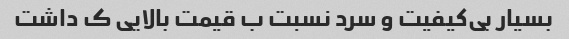
بسیار بی‌کیفیت و سرد نسبت ب قیمت بالایی ک داشت